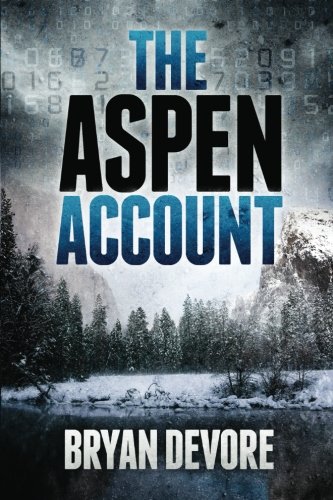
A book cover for The Aspen Account; Bryan Devore; Mystery, Thriller & Suspense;